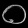
Digit: ၀